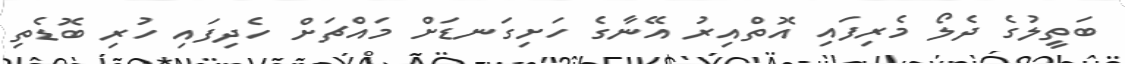
ބަތީލުގެ ދެލޯ މެރިފައި އޮތްއިރު އޭނާގެ ހަށިގަނޑަށް މައްޗަށް ހެދިފައި ހުރި ބޮޑެތި